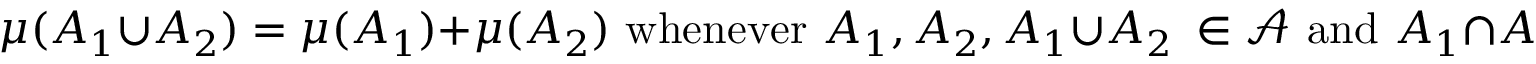
\mu ( A _ { 1 } \cup A _ { 2 } ) = \mu ( A _ { 1 } ) + \mu ( A _ { 2 } ) { \mathrm { ~ w h e n e v e r ~ } } A _ { 1 } , A _ { 2 } , A _ { 1 } \cup A _ { 2 } \ \in { \mathcal { A } } { \mathrm { ~ a n d ~ } } A _ { 1 } \cap A _ { 2 } = \varnothing .